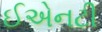
ઈએનટી